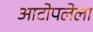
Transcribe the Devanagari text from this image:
आटोपलेला